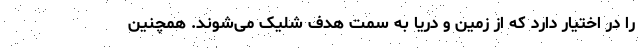
را در اختیار دارد که از زمین و دریا به سمت هدف شلیک می‌شوند. همچنین